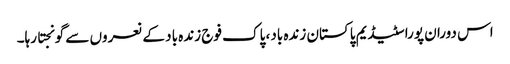
اس دوران پورا سٹیڈیم پاکستان زندہ باد، پاک فوج زندہ باد کے نعروں سے گونجتا رہا۔